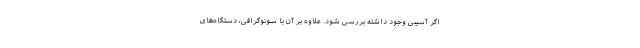
اگر آسیبی وجود داشته بررسی شود. علاوه بر آن با سونوگرافی، دستگاه‌های